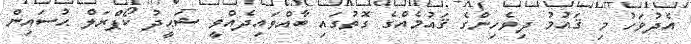
އެދުވަހު މި ޤައުމު ދިވެހިންގެ ޤައުމެއްގެ ގޮތުގައި ބާއްވައިދެއްވީ ޝަޙީދު ކޯޕްރަލް ޙުސައިން